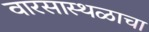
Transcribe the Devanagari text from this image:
वारसास्थळाचा